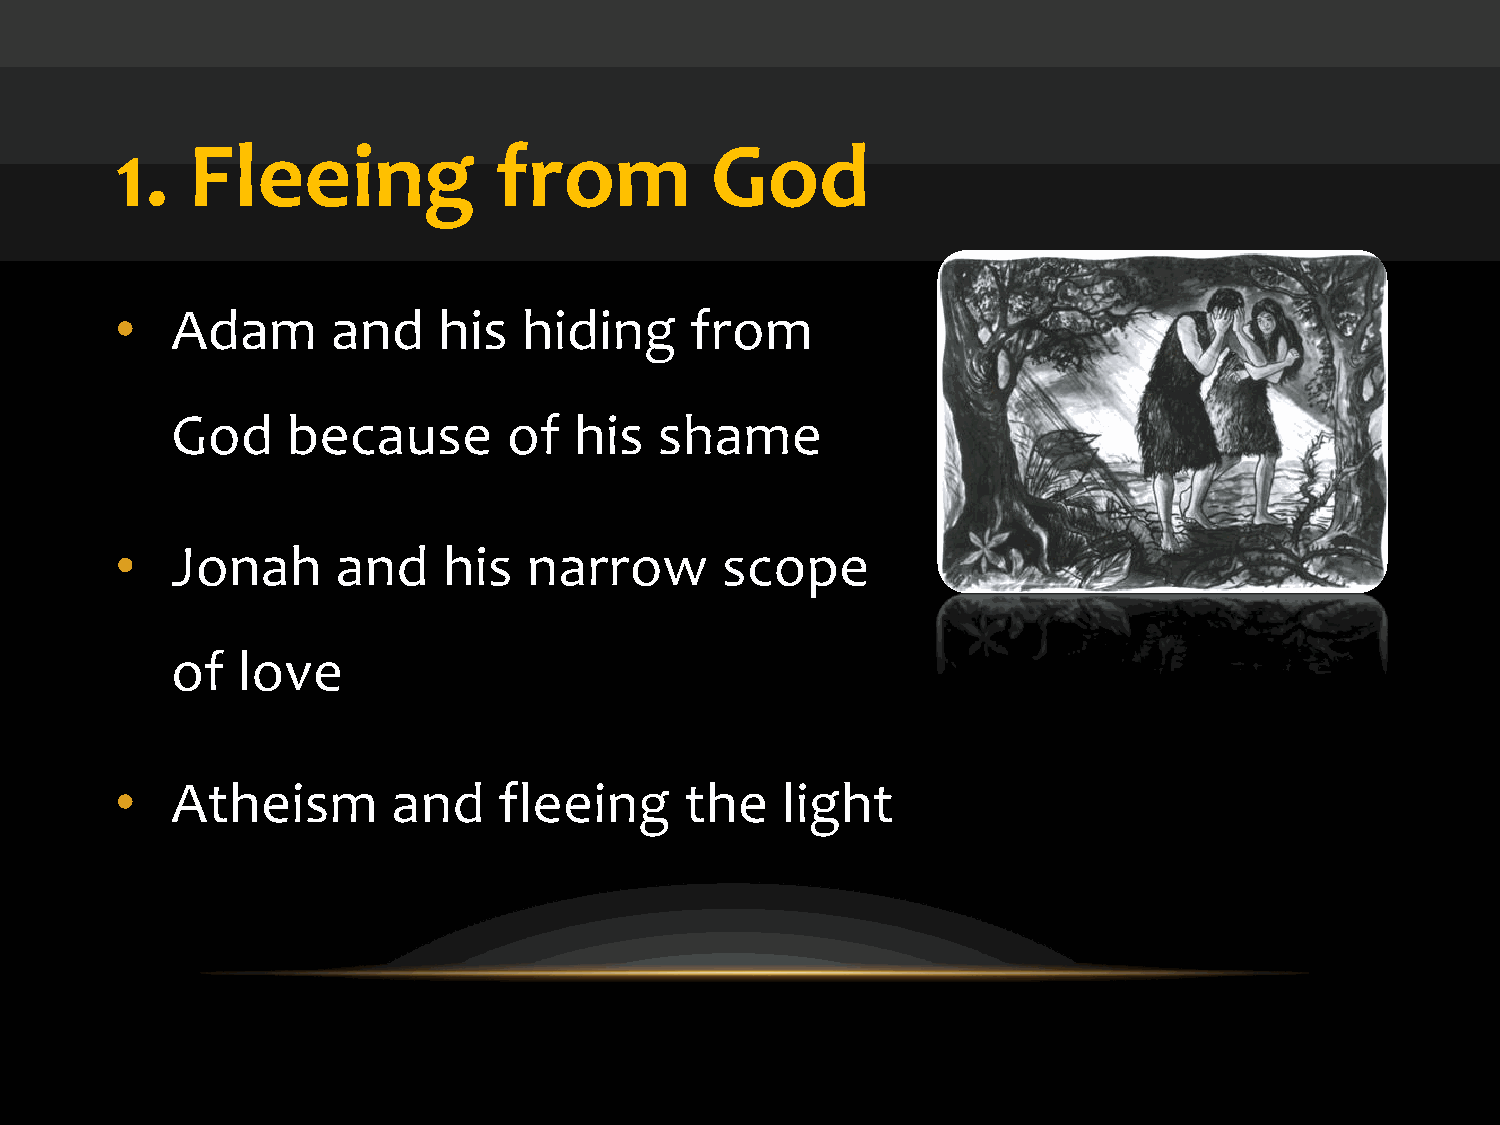
1.  Fleeing              from          God
 •  Adam       and    his   hiding     from
 God     because        of  his   shame
 •  Jonah      and    his   narrow       scope
 of   love
 •  Atheism        and    fleeing     the    light